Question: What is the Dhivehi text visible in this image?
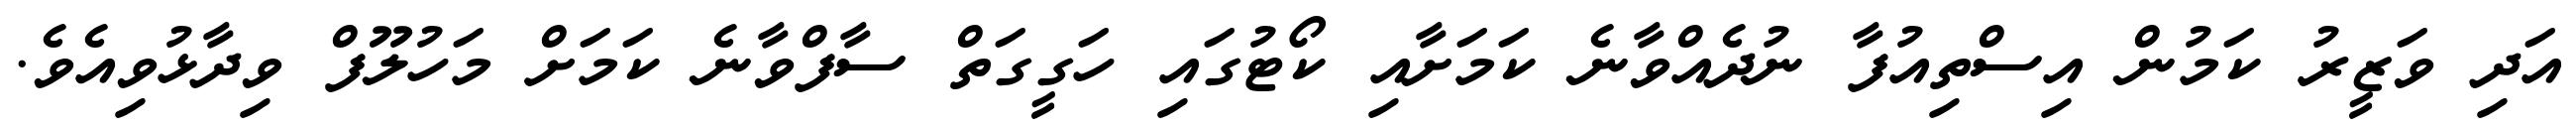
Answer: އަދި ވަޒީރު ކަމުން އިސްތިއުފާ ނުދެއްވާނެ ކަމަށާއި ކޯޓުގައި ހަގީގަތް ސާފްވާނެ ކަމަށް މަހުލޫފް ވިދާޅުވިއެވެ.